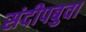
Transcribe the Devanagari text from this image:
संदीपबुवा